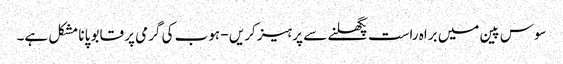
سوس پین میں براہ راست پگھلنے سے پرہیز کریں - ہوب کی گرمی پر قابو پانا مشکل ہے۔